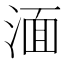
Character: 湎